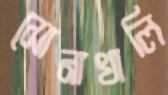
সোনাখালি